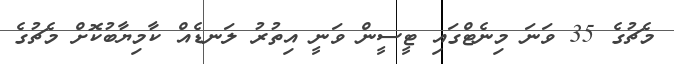
މެޗުގެ 35 ވަނަ މިނެޓްގައި ޓީސީން ވަނީ އިތުރު ލަނޑެއް ކާމިޔާބުކޮށް މެޗުގެ